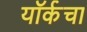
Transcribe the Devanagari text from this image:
यॉर्कचा